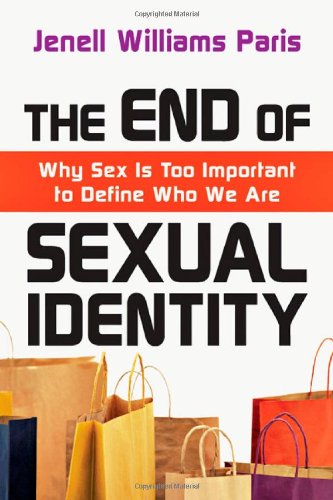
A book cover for The End of Sexual Identity: Why Sex Is Too Important to Define Who We Are; Jenell Williams Paris; Religion & Spirituality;